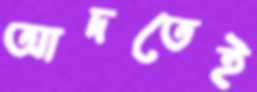
আদতেই